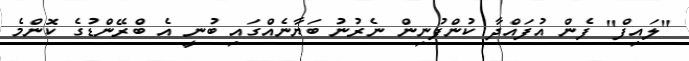
"ލައިފް" ފެން އުފައްދާ ކުންފުނިން ނެރުނު ބަޔާނެއްގައި ބުނީ އެ ބްރޭންޑުގެ ކޮންމެ